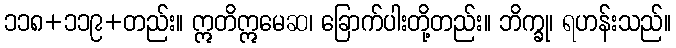
၁၁၈+၁၁၉+တည်း။ ဣတိဣမေဆ၊ ခြောက်ပါးတို့တည်း။ ဘိက္ခု၊ ရဟန်းသည်။